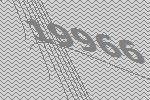
19966